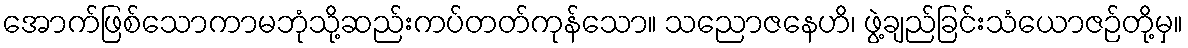
အောက်ဖြစ်သောကာမဘုံသို့ဆည်းကပ်တတ်ကုန်သော။ သညောဇနေဟိ၊ ဖွဲ့ချည်ခြင်းသံယောဇဉ်တို့မှ။